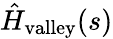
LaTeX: \hat{H}_{\mathrm{valley}}(s)